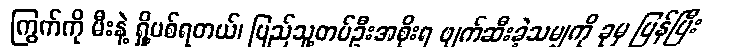
ကြွက်ကို မီးနဲ့ ရှို့ပစ်ရတယ်၊ ပြည်သူ့တပ်ဦးအစိုးရ ဖျက်ဆီးခဲ့သမျှကို ခုမှ ပြန်ပြီး